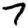
Digit: 7